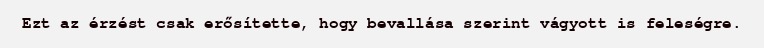
Ezt az érzést csak erősítette, hogy bevallása szerint vágyott is feleségre.